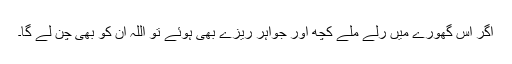
اگر اس گھورے میں رلے ملے کچھ اور جواہر ریزے بھی ہوئے تو اللہ ان کو بھی چن لے گا۔